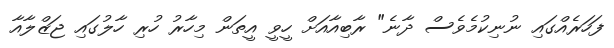
ފަހަރެއްގައި ނުނިކުމެވެސް ދާނެ" ރާބިއާއަށް ހީވީ އީތަން މިހާރު ހުރި ހާލުގައި ޖަޒްލާއާ